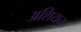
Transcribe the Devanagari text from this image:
अशियन